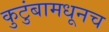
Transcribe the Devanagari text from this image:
कुटुंबामधूनच